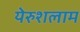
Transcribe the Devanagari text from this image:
येरुशलाम